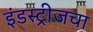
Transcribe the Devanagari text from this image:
इंडस्ट्रीजचा